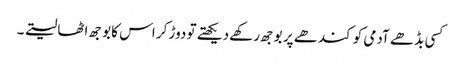
کسی بڈھے آدمی کو کندھے پر بوجھ رکھے دیکھتے تو دوڑ کر اس کا بوجھ اٹھا لیتے ۔